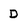
Character: D